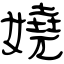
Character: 嬈